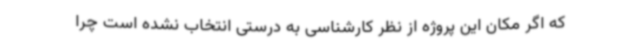
که اگر مکان این پروژه از نظر کارشناسی به درستی انتخاب نشده است چرا